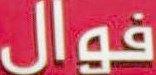
فوال